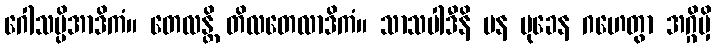
ဂေါသပ္ပိအာဒိကံ။ တေလန္တိ တိလတေလာဒိကံ။ သာသပါဒီနိ ပန မုခေန ဂဟေတွာ အဂ္ဂိမှိ